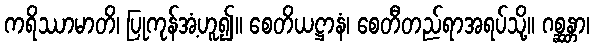
ကရိဿာမာတိ၊ ပြုကုန်အံ့ဟူ၍။ စေတိယဋ္ဌာနံ၊ စေတီတည်ရာအရပ်သို့။ ဂစ္ဆန္တာ၊